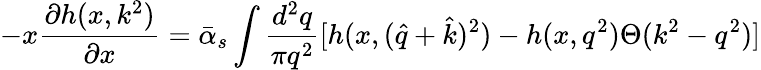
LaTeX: -x{\frac{\partial h(x,k^{2})}{\partial x}}=\bar{\alpha}_{s}\int{\frac{d^{2}q}{\pi q^{2}}}[h(x,(\hat{q}+\hat{k})^{2})-h(x,q^{2})\Theta(k^{2}-q^{2})]